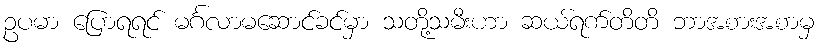
ဥပမာ ပြောရရင် မင်္ဂလာမဆောင်ခင်မှာ သတို့သမီးဟာ ဆယ်ရက်တိတိ ဘာအစားအစာမှ